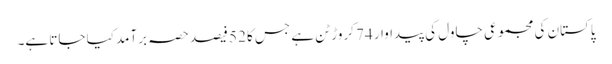
پاکستان کی مجموعی چاول کی پیداوار 74 کروڑ ٹن ہے جس کا 52 فیصد حصہ برآمد کیا جاتا ہے۔